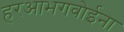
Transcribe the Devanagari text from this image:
हरआभगवोईना